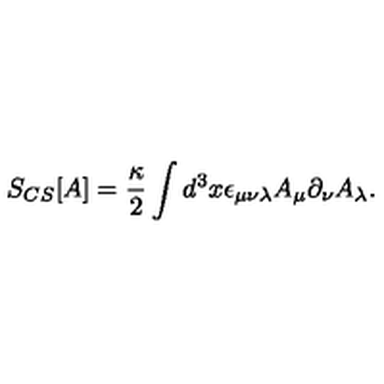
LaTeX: S _ { C S } [ A ] = \frac { \kappa } { 2 } \int d ^ { 3 } x \epsilon _ { \mu \nu \lambda } A _ { \mu } \partial _ { \nu } A _ { \lambda } .